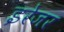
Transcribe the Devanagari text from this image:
इरेजर